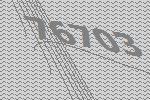
76703